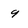
Character: 9